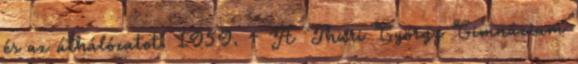
és az úthálózatot. 1959. – A Thuri György Gimnázium